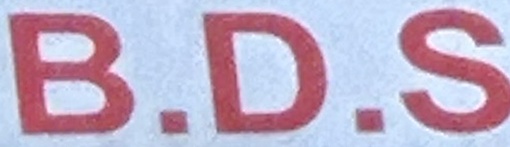
B.D.S